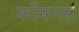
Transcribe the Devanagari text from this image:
कॉमन्स।